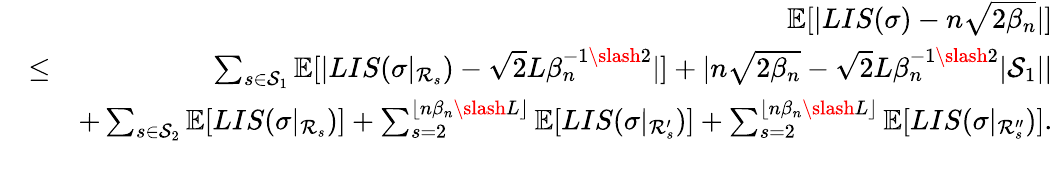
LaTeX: \begin{array}{rlr}&{}&{\mathbb{E}[|LIS(\sigma)-n\sqrt{2\beta_{n}}|]}\\ &{\leq}&{\sum_{s\in\mathcal{S}_{1}}\mathbb{E}[|LIS(\sigma|_{\mathcal{R}_{s}})-\sqrt{2}L\beta_{n}^{-1\slash 2}|]+|n\sqrt{2\beta_{n}}-\sqrt{2}L\beta_{n}^{-1\slash 2}|\mathcal{S}_{1}||}\\ &{}&{+\sum_{s\in\mathcal{S}_{2}}\mathbb{E}[LIS(\sigma|_{\mathcal{R}_{s}})]+\sum_{s=2}^{\lfloor n\beta_{n}\slash L\rfloor}\mathbb{E}[LIS(\sigma|_{\mathcal{R}_{s}^{\prime}})]+\sum_{s=2}^{\lfloor n\beta_{n}\slash L\rfloor}\mathbb{E}[LIS(\sigma|_{\mathcal{R}_{s}^{\prime\prime}})].}\\ &{}&\end{array}